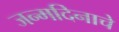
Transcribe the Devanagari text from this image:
जन्‍मदिनाचे